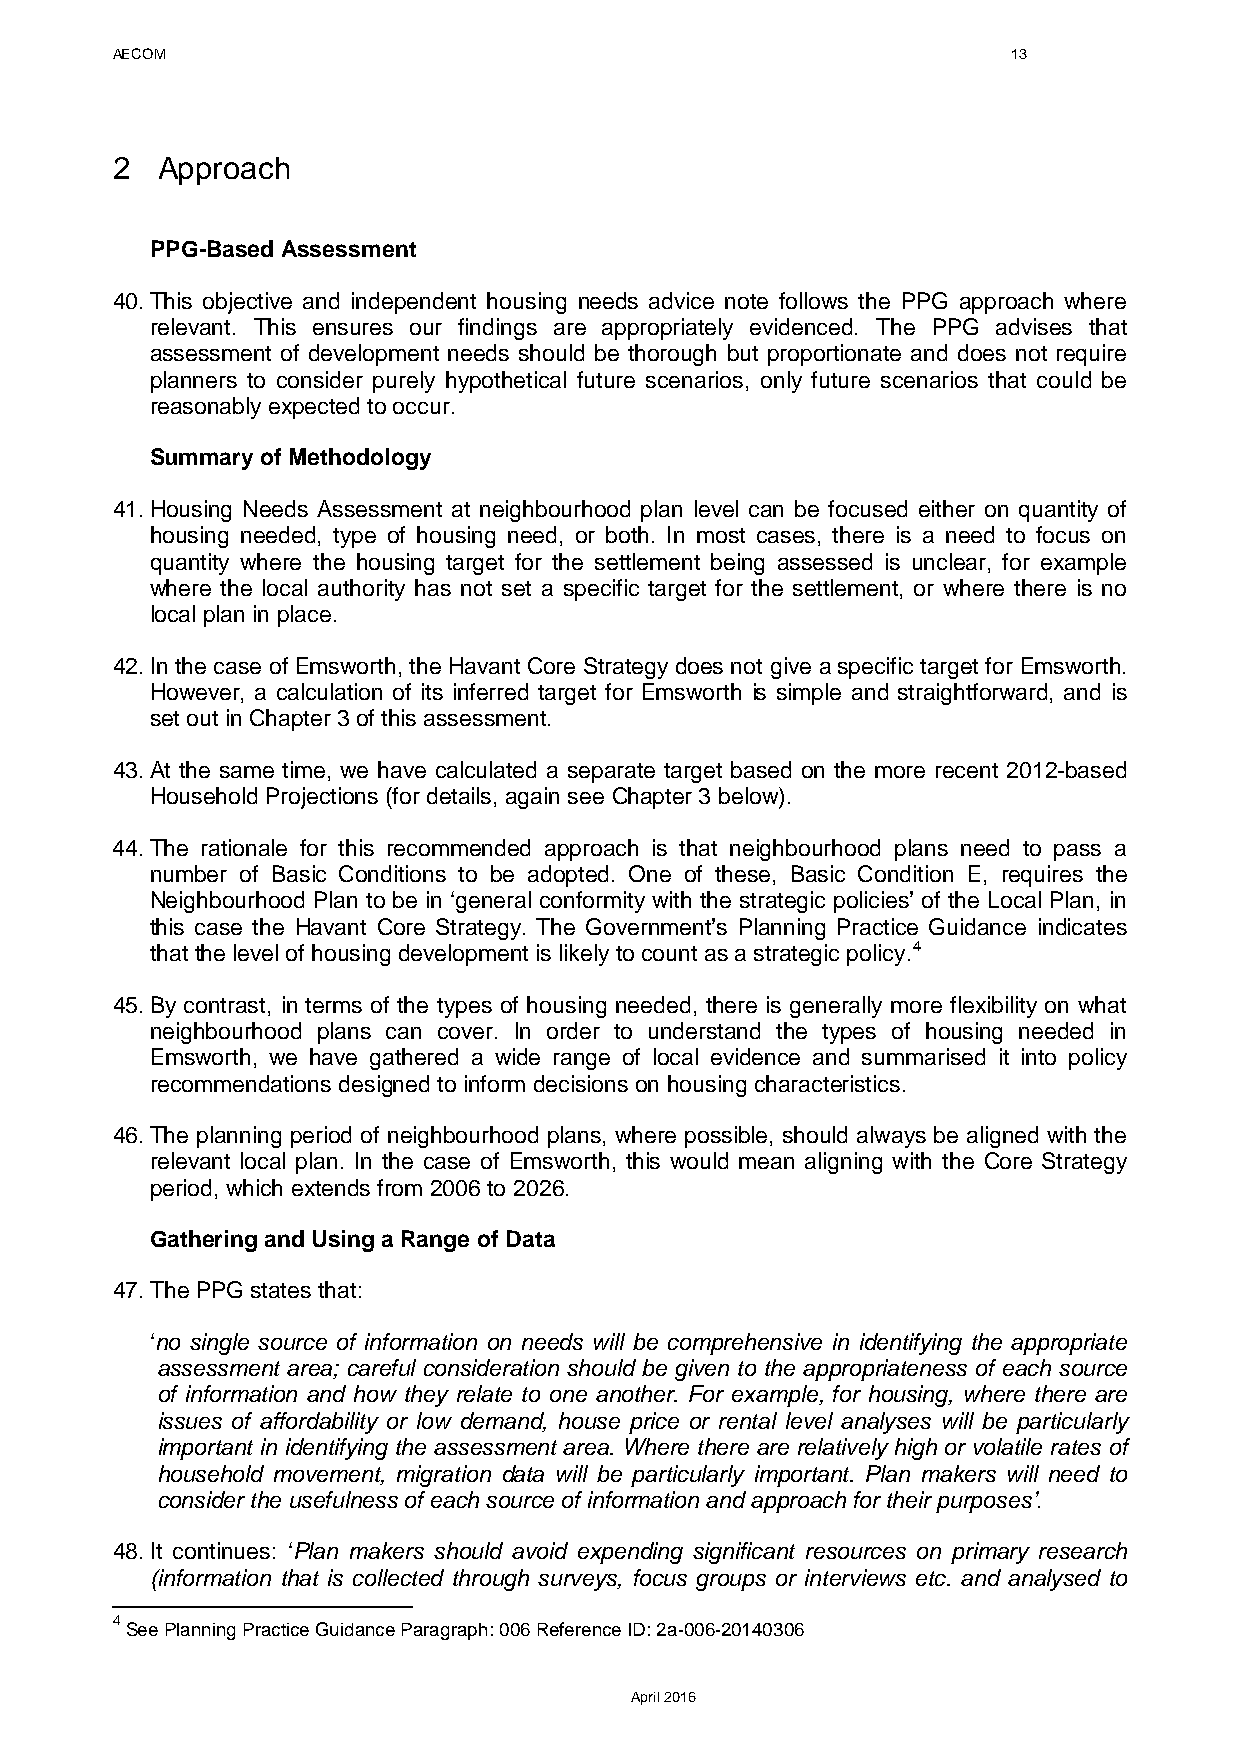
AECOM                                                       13
 2  Approach
 PPG-Based Assessment
 40. This objective and independent housing needs advice note follows the PPG approach where
 relevant. This ensures our findings are appropriately evidenced. The PPG advises that
 assessment of development needs should be thorough but proportionate and does not require
 planners to consider purely hypothetical future scenarios, only future scenarios that could be
 reasonably expected to occur.
 Summary of Methodology
 41. Housing Needs Assessment at neighbourhood plan level can be focused either on quantity of
 housing needed, type of housing need, or both. In most cases, there is a need to focus on
 quantity where the housing target for the settlement being assessed is unclear, for example
 where the local authority has not set a specific target for the settlement, or where there is no
 local plan in place.
 42. In the case of Emsworth, the Havant Core Strategy does not give a specific target for Emsworth.
 However, a calculation of its inferred target for Emsworth is simple and straightforward, and is
 set out in Chapter 3 of this assessment.
 43. At the same time, we have calculated a separate target based on the more recent 2012-based
 Household Projections (for details, again see Chapter 3 below).
 44. The rationale for this recommended approach is that neighbourhood plans need to pass a
 number of Basic Conditions to be adopted. One of these, Basic Condition E, requires the
 Neighbourhood Plan to be in ‘general conformity with the strategic policies’ of the Local Plan, in
 this case the Havant Core Strategy. The Government’s Planning Practice Guidance indicates
 that the level of housing development is likely to count as a strategic policy.4
 45. By contrast, in terms of the types of housing needed, there is generally more flexibility on what
 neighbourhood plans can cover. In order to understand the types of housing needed in
 Emsworth, we have gathered a wide range of local evidence and summarised it into policy
 recommendations designed to inform decisions on housing characteristics.
 46. The planning period of neighbourhood plans, where possible, should always be aligned with the
 relevant local plan. In the case of Emsworth, this would mean aligning with the Core Strategy
 period, which extends from 2006 to 2026.
 Gathering and Using a Range of Data
 47. The PPG states that:
 ‘no single source of information on needs will be comprehensive in identifying the appropriate
 assessment area; careful consideration should be given to the appropriateness of each source
 of information and how they relate to one another. For example, for housing, where there are
 issues of affordability or low demand, house price or rental level analyses will be particularly
 important in identifying the assessment area. Where there are relatively high or volatile rates of
 household movement, migration data will be particularly important. Plan makers will need to
 consider the usefulness of each source of information and approach for their purposes’.
 48. It continues: ‘Plan makers should avoid expending significant resources on primary research
 (information that is collected through surveys, focus groups or interviews etc. and analysed to
 4
 See Planning Practice Guidance Paragraph: 006 Reference ID: 2a-006-20140306
 April 2016